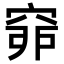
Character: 𥥺